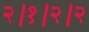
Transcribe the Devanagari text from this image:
२।१।२।२